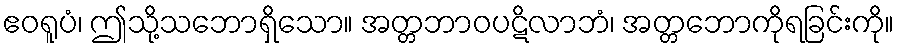
ဧဝရူပံ၊ ဤသို့သဘောရှိသော။ အတ္တဘာဝပဋိလာဘံ၊ အတ္တဘောကိုရခြင်းကို။